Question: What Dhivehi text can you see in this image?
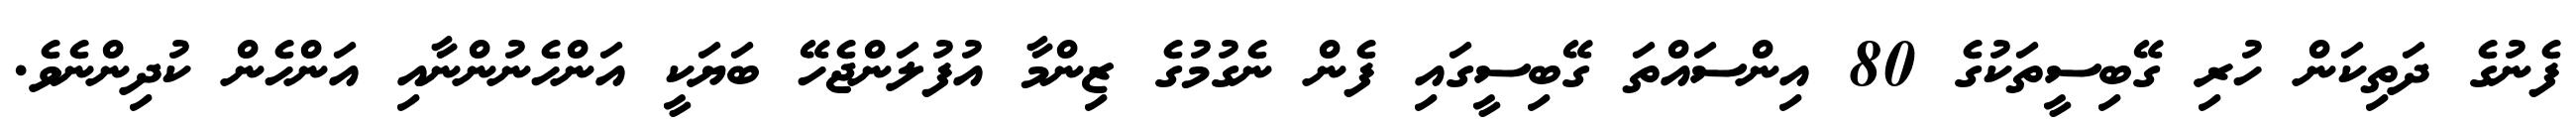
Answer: ފެނުގެ ދަތިކަން ހުރި ގޭބިސީތަކުގެ 80 އިންސައްތަ ގޭބިސީގައި ފެން ނެގުމުގެ ޒިންމާ އުފުލަންޖެހޭ ބަޔަކީ އަންހެނުންނާއި އަންހެން ކުދިންނެވެ.